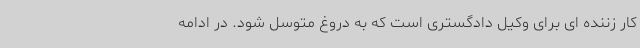
کار زننده ای برای وکیل دادگستری است که به دروغ متوسل شود. در ادامه